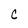
Character: C